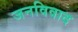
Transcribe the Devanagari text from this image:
जनविवाद